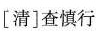
[清]查慎行